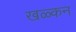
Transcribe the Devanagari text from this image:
खळ्कन